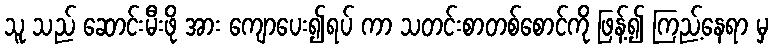
သူ သည် ဆောင်းမီးဖို အား ကျောပေး၍ရပ် ကာ သတင်းစာတစ်စောင်ကို ဖြန့်၍ ကြည့်နေရာ မှ